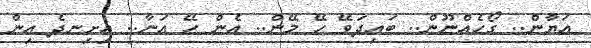
އަޔާން.. ގޯހެއްނޫން.. ބައިދަވޭ ހޭ މޭން.. އެން ހޭ އަނާ.. އިށިނދެ އިން